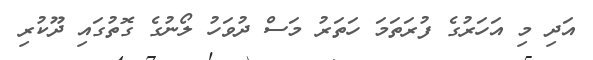
އަދި މި އަހަރުގެ ފުރަތަމަ ހަތަރު މަސް ދުވަހު ލޯނުގެ ގޮތުގައި ދޫކުރި